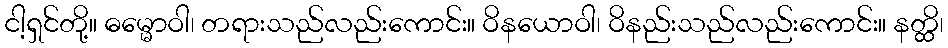
ငါ့ရှင်တို့။ ဓမ္မောဝါ၊ တရားသည်လည်းကောင်း။ ဝိနယောဝါ၊ ဝိနည်းသည်လည်းကောင်း။ နတ္ထိ၊